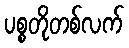
ပစ္စတိုတစ်လက်